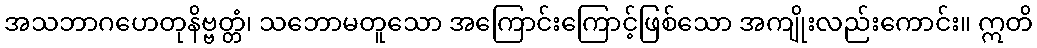
အသဘာဂဟေတုနိဗ္ဗတ္တံ၊ သဘောမတူသော အကြောင်းကြောင့်ဖြစ်သော အကျိုးလည်းကောင်း။ ဣတိ